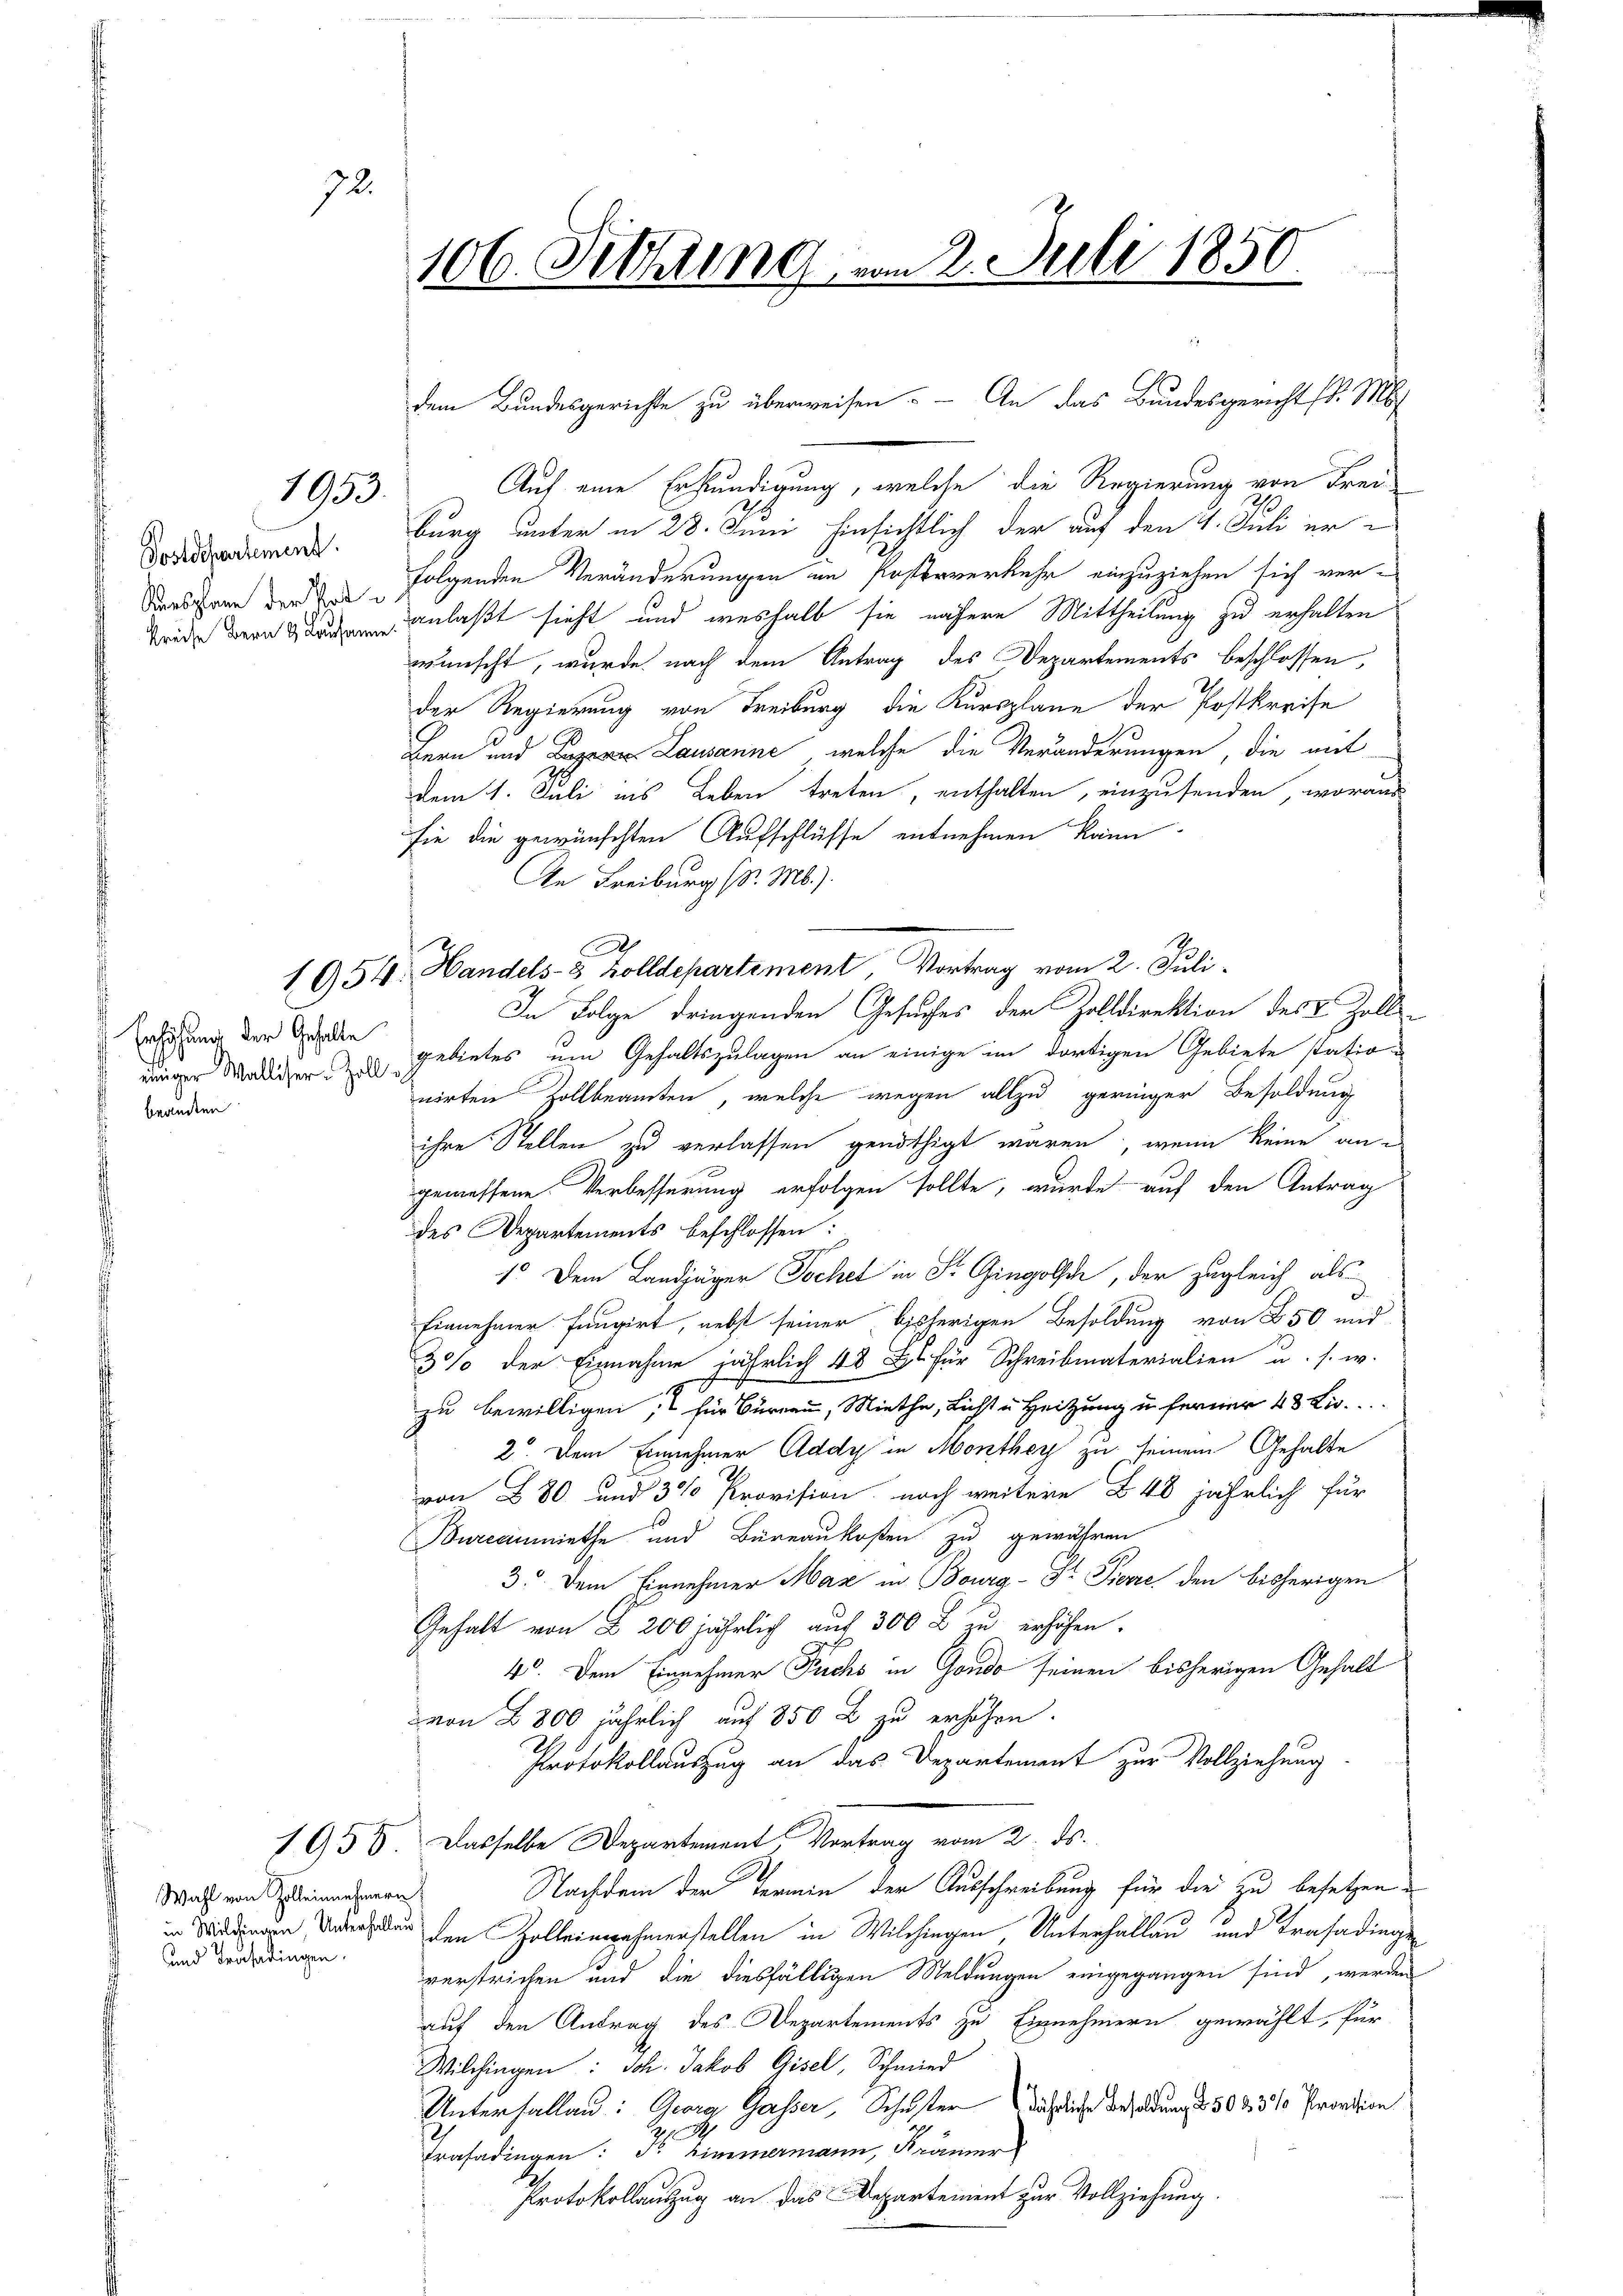
92.

1953.

Dostdepartement.
Aonsplane der Tode

Erhöhung der Gehalte
brandern

Wahl von Zolleinnehmern
und Trasadingen.

106. Schling, vom 2. Juli 1850

Auf eine Erkundigung, welche die Regierung von Frei¬
1
burg unter in 28. Juni hinsichtlich der auf den 1. Juli er
folgenden Veränderungen in Posterverkehr einzuziehen sich verfred der anlaßt sieht und weshalb sie nähere Mittheilung zu erhalten
wünscht, wurde nach dem Antrag des Departements beschlossen,
der Regierung von Freiburg die Kursplane der Postkreise
Bern und Lagere Lausanne, welche die Veränderungen, die mit
dem 1. Juli ins Leben treten, enthalten, einzusenden, woraus
sie die gewünschten Aufschlüsse entnehmen kann
An Freiburg (d. M.).
1 954. Handels- 3 Zolldepartement, Vortrag vom 2. Juli
In Folge dringenden Gesuches der Zolldirektion des 8 Zoll-
einiger Medigen Gebietes um Gehaltszulagen an einige im dortigen Gebiete station
nirten Zollbeamten, welche wegen allzu geringer Besoldung
ihre Stellen zu verlassen genöthigt wären, wenn keine angemessene Verbesserung erfolgen sollte, wurde auf den Antrag
des Departements beschlossen:
1. Dem Landjäger Tochet in Fr. Gingolsch, der zugleich als
Einnehmer fungirt, nebst seiner bisherigen Besoldung von 850 und
30% der Einnahme jährlich 4 l. für Schreibmaterialien u. s. w.
zu bewilligen, für Burnen, Miethe, Licht u Heitzung u. ferner 43 Lio.
2. Dem Einnehmer Addy in Monthey zu seinem Gehalte
von 80 und 30 Provision noch weitere § 40 jährlich für
Burccinmiethe und Büreaukosten zu gewähren
35. Dem Einnehmer Max in Bourg - Dr. Pierre den bisherigen
Gehalt von L 200 jährlich auf 300 r. zu erhöhen.
40. Dem Einnehmer Fuchs in Gondo seinen bisherigen Gehalt
von 2800 jährlich auf 850 l. zu erhöhen.
Protokollauszug an das Departement zur Vollziehung
1955. Dasselbe Departement, Vortrag vom 2. ds.
.
Nachdem der Termin der Ausschreibung für die zu besetzen,
in   den Zolleinnahmerstellen in Wilchingen, Unterhallen und Trasadings
verstrichen und die diesfälligen Meldungen eingegangen sind, werden
auf den Antrag des Departements zu Einnehmern gewählt, für
Wilchingen: Joh. Jakob Gisel, Schmied
Unterfallen: Georg Gasser, Schuster Nährliche Besoldung d. 502 310 Prondion
h
Trasadingen: Fr. Zimmermann, Krämer
Protokollauszug an das Departement zur Vollziehung

C

dem Bundesgerichte zu überweisen. - An das Bundesgericht d. M.